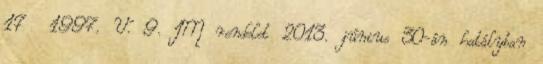
17 1997. V. 9. IM rendelet 2013. június 30-án hatályban